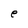
Character: e